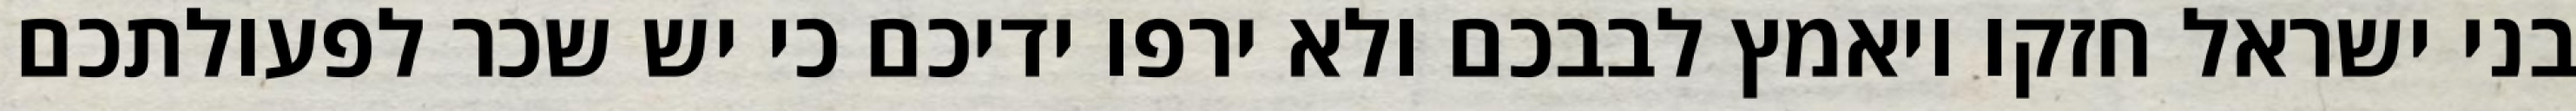
בני ישראל חזקו ויאמץ לבבכם ולא ירפו ידיכם כי יש שכר לפעולתכם